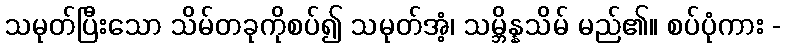
သမုတ်ပြီးသော သိမ်တခုကိုစပ်၍ သမုတ်အံ့၊ သမ္ဘိန္နသိမ် မည်၏။ စပ်ပုံကား -